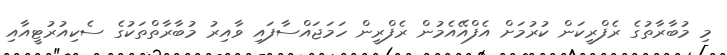
މި މުބާރާތުގެ ރެފްރީކަން ކުރުމަށް އެފްއޭއެމުން ރެފްރީން ހަމަޖައްސާފައި ވާއިރު މުބާރާތްތަކުގެ ސެކިއުރުޓީއާއި